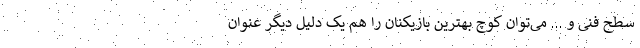
سطح فنی و ... می‌توان کوچ بهترین بازیکنان را هم یک دلیل دیگر عنوان